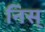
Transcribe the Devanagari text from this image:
निस्‌